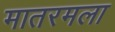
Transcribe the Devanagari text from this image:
मातरमला